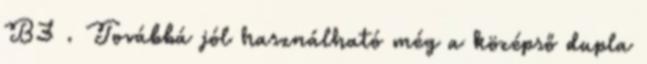
B3 . Továbbá jól használható még a középső dupla